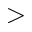
>